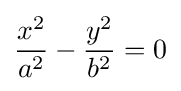
{\frac {x^{2}}{a^{2}}}-{\frac {y^{2}}{b^{2}}}=0